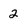
Character: 2